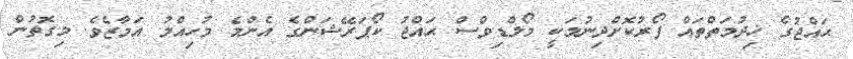
ޙައްޖުގެ ޚިދުމަތްތައް ފޯރުކޮށްދިނުމަކީ މޯލްޑިވްސް ޙައްޖު ކޯޕަރޭޝަންގެ އެންމެ މުހިއްމު އަމާޒެވެ. މިގޮތުން